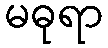
မဓုရာ